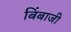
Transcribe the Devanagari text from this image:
बिंबाजी